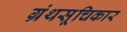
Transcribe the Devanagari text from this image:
ग्रंथसूचिकार